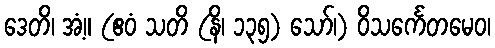
ဒေတိ၊ အံ့။ (ဧဝံ သတိ (နိ၊ ၁၃၅) သော်၊) ဝိသင်္ကေတမေဝ၊